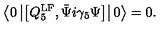
\left\langle 0 \left\vert \left[ Q _ { 5 } ^ { \mathrm { L F } } , \bar { \Psi } i \gamma _ { 5 } \Psi \right] \right\vert 0 \right\rangle = 0 .